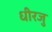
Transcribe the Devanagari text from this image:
धीरजु